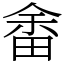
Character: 畬